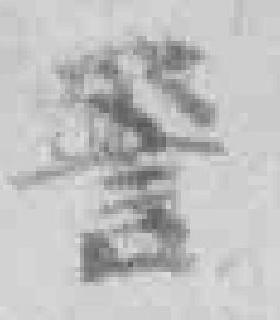
警